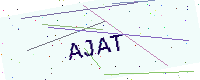
Text: AJAT